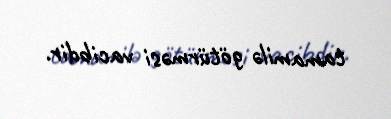
tamamilə götürməsi vacibdir.